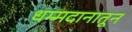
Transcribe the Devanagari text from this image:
धम्मदानातून